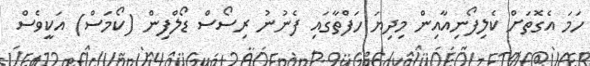
ހަމަ އެގޮތަށް ކެލިފޯނިއާއިން މިދިޔަ ހަފްތާގައި ފެނުނު ރިސޯސް ޑޯލްފިން (ކޯމަސް) އަކީވެސް